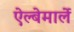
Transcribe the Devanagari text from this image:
ऐल्बेमार्ले